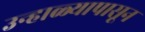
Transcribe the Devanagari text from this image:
उन्हाळ्यापासून